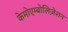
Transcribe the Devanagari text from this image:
केमोएम्बोलिज़ेशन